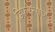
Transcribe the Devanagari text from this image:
डिफरेन्सेज़